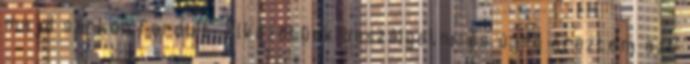
majd sarkon fordult. Elkezdtünk beszélgetni, és újra éreztem azt